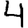
Digit: 4